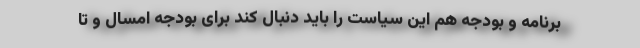
برنامه و بودجه هم این سیاست را باید دنبال کند برای بودجه امسال و تا